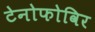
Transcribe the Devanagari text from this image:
टेनोफोविर